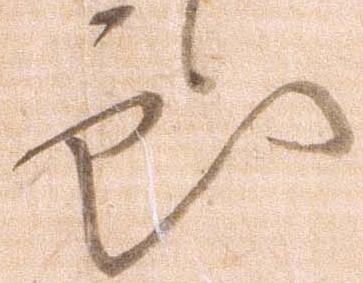
処